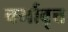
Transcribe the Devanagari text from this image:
चर्मावृत्त